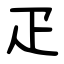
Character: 疋